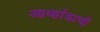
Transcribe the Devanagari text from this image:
आर्व्हाडाची